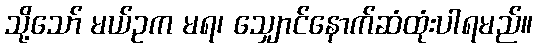
သို့သော် မယ်ဥက မရ၊ သျှောင်နောက်ဆံထုံးပါရမည်။